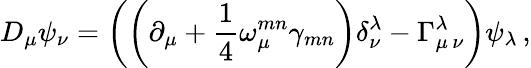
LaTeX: D_{\mu}\psi_{\nu}=\left(\left(\partial_{\mu}+\frac{1}{4}\omega_{\mu}^{mn}\gamma_{mn}\right)\delta_{\nu}^{\lambda}-\Gamma_{\mu\, \nu}^{\lambda}\right)\psi_{\lambda}\, ,